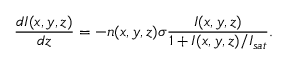
\frac { d I ( x , y , z ) } { d z } = - n ( x , y , z ) \sigma \frac { I ( x , y , z ) } { 1 + I ( x , y , z ) / I _ { s a t } } .